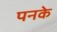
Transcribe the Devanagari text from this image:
पनके